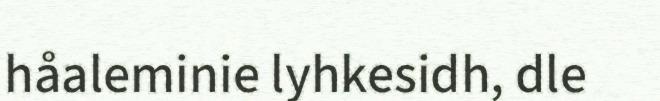
håaleminie lyhkesidh, dle